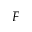
F